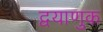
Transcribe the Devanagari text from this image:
द्वयाणुक